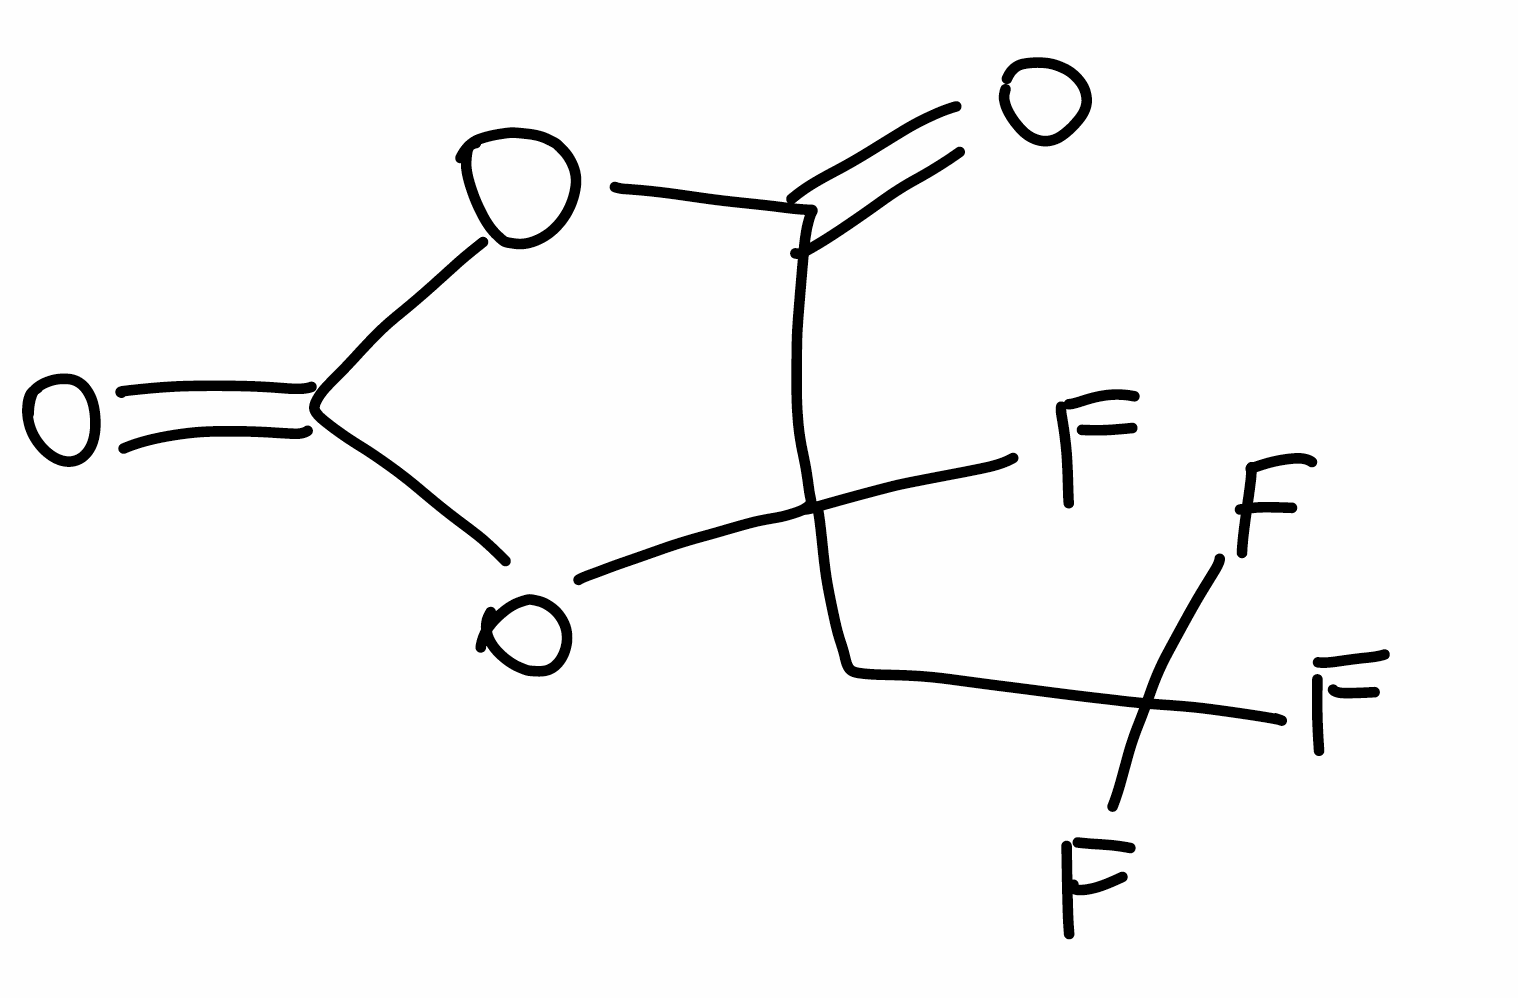
Simplified molecular-input line-entry system (SMILES) notation of the given molecule:
C(C1(C(=O)OC(=O)O1)F)C(F)(F)F